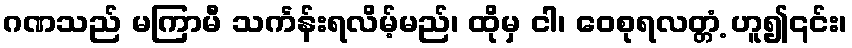
ဂဏသည် မကြာမီ သင်္ကန်းရလိမ့်မည်၊ ထိုမှ ငါ၊ ဝေစုရလတ္တံ့ ဟူ၍၎င်း၊